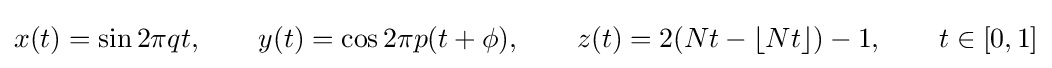
x(t)=\sin 2\pi qt,\qquad y(t)=\cos 2\pi p(t+\phi ),\qquad z(t)=2(Nt-\lfloor Nt\rfloor )-1,\qquad t\in [0,1]